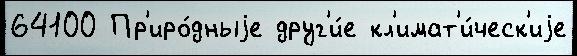
64100 Пр'иро́дныjе друг'и́е кл'имат'и́ческ'иjе